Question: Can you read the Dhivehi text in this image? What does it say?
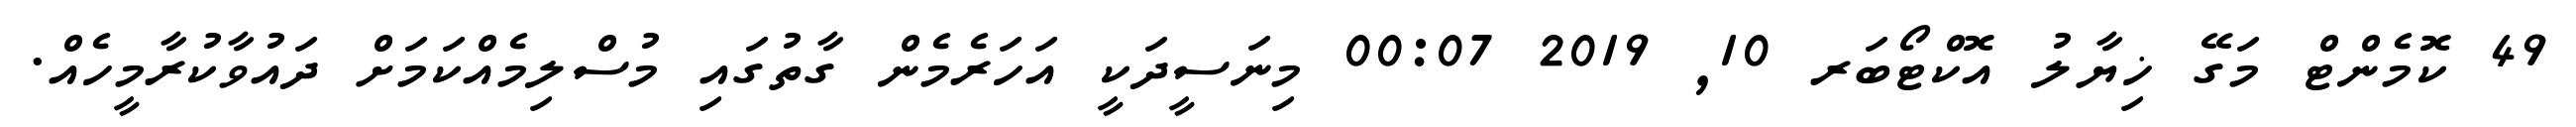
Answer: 49 ކޮމެންޓް މަގޭ ޚިޔާލު އޮކްޓޯބަރ 10, 2019 00:07 މިނަސީދަކީ އަހަރެމެން ގާތުގައި މުސްލިމެއްކަމަށް ދައުވާކުރާމީހެއް.